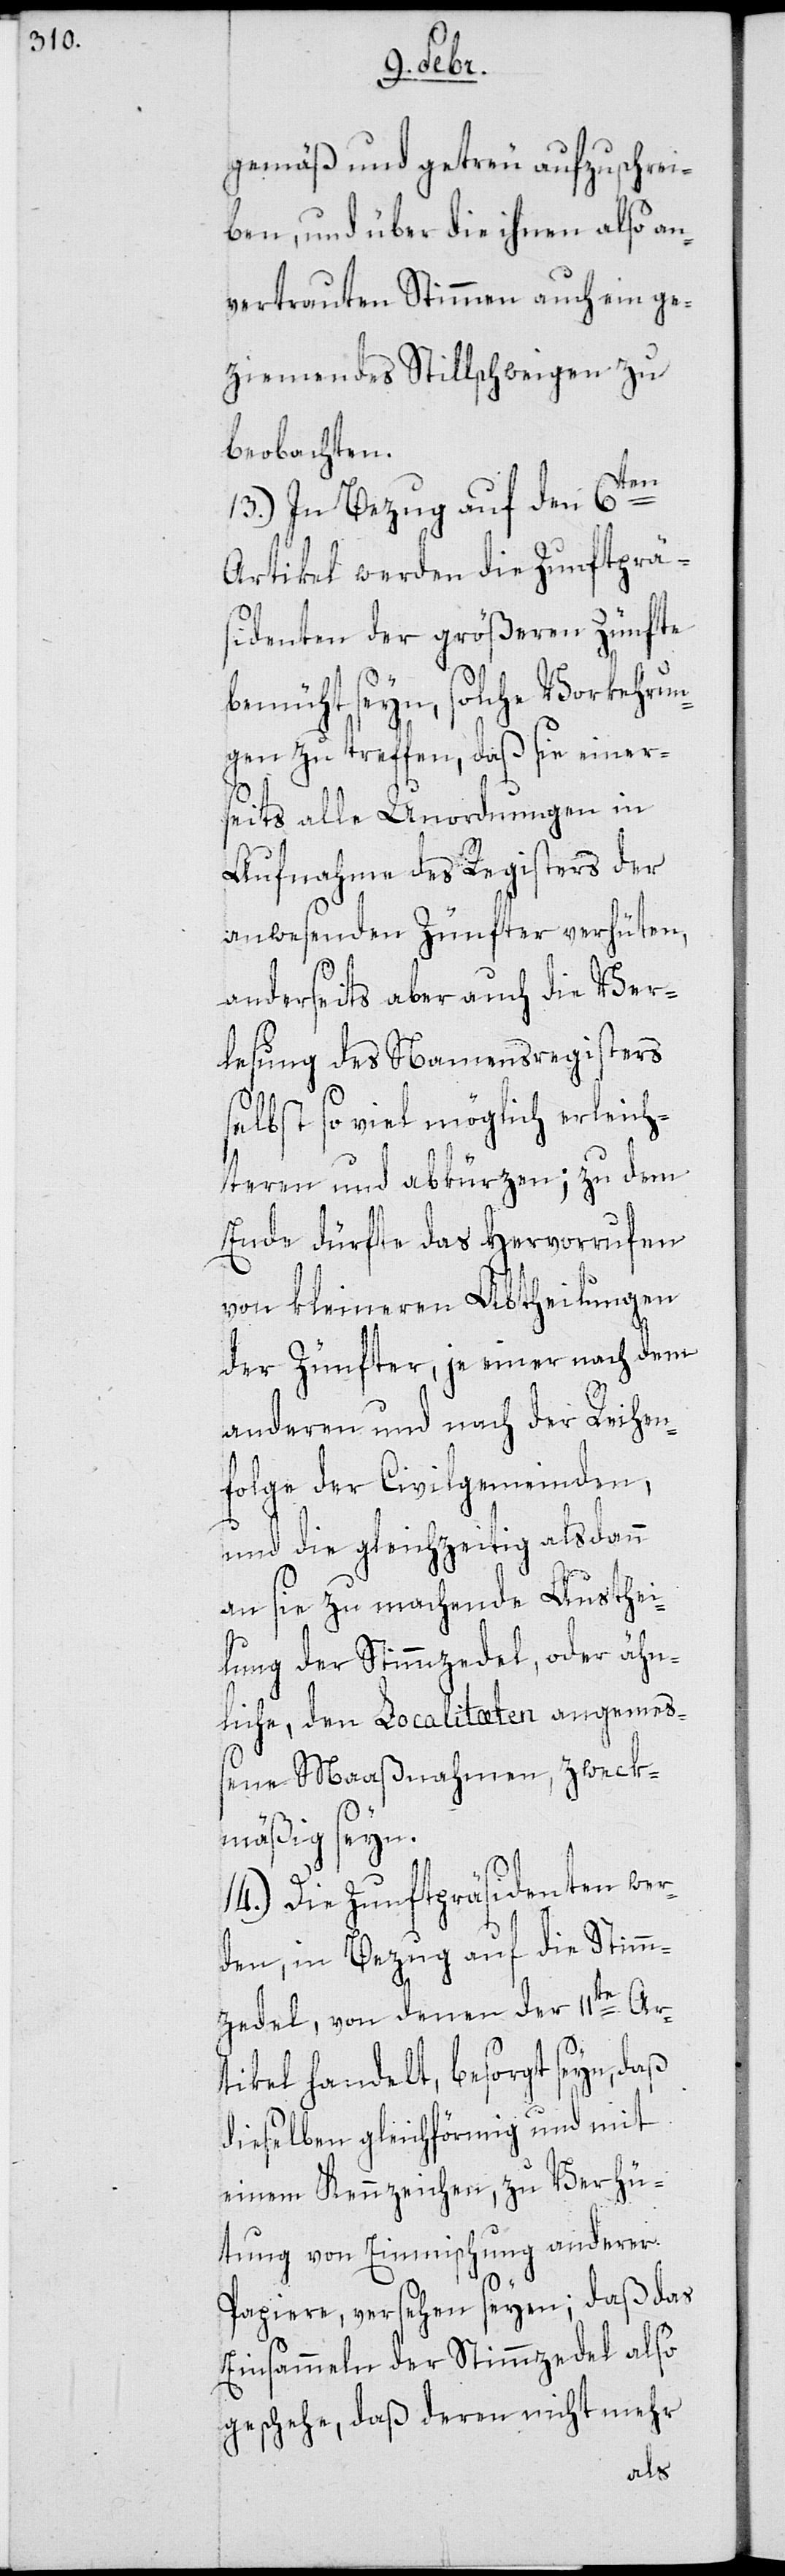
gemäß und getreu aufzuschrei¬
ben, und über die ihnen also an¬
vertrauten Stimmen auch ein ge¬
ziemendes Stillschweigen zu
beobachten.
13.) In Bezug auf den 6ten
Artikel werden die Zunftprä¬
sidenten der größeren Zünfte
bemüht seyn, solche Vorkehrun¬
gen zu treffen, daß sie einer¬
seits alle Unordnungen in
Aufnahme des Registers der
anwesenden Zünfter verhüten,
anderseits aber auch die Ver¬
lesung des Namensregisters
selbst so viel möglich erleich¬
teren und abkürzen; zu dem
Ende dürfte das Hervorrufen
von kleineren Abtheilungen
der Zünfter, je einer nach dem
anderen und nach der Reihen¬
folge der Civilgemeinden,
und die gleichzeitig alsdann
an sie zu machende Austhei¬
lung der Stimmzedel oder ähn¬
liche, den Localitæten angemeß¬
ene Maaßnahmen, zweck¬
mäßig seyn.
14.) Die Zunftpräsidenten wer¬
den, in Bezug auf die Stimm¬
zedel, von denen der 11te Ar¬
tikel handelt, besorgt seyn, daß
dieselben gleichförmig und mit
einem Kennzeichen, zu Verhü¬
tung von Einmischung anderer
Papiere, versehen seyen; daß das
Einsammeln der Stimmzedel also
geschehe, daß deren nicht mehr